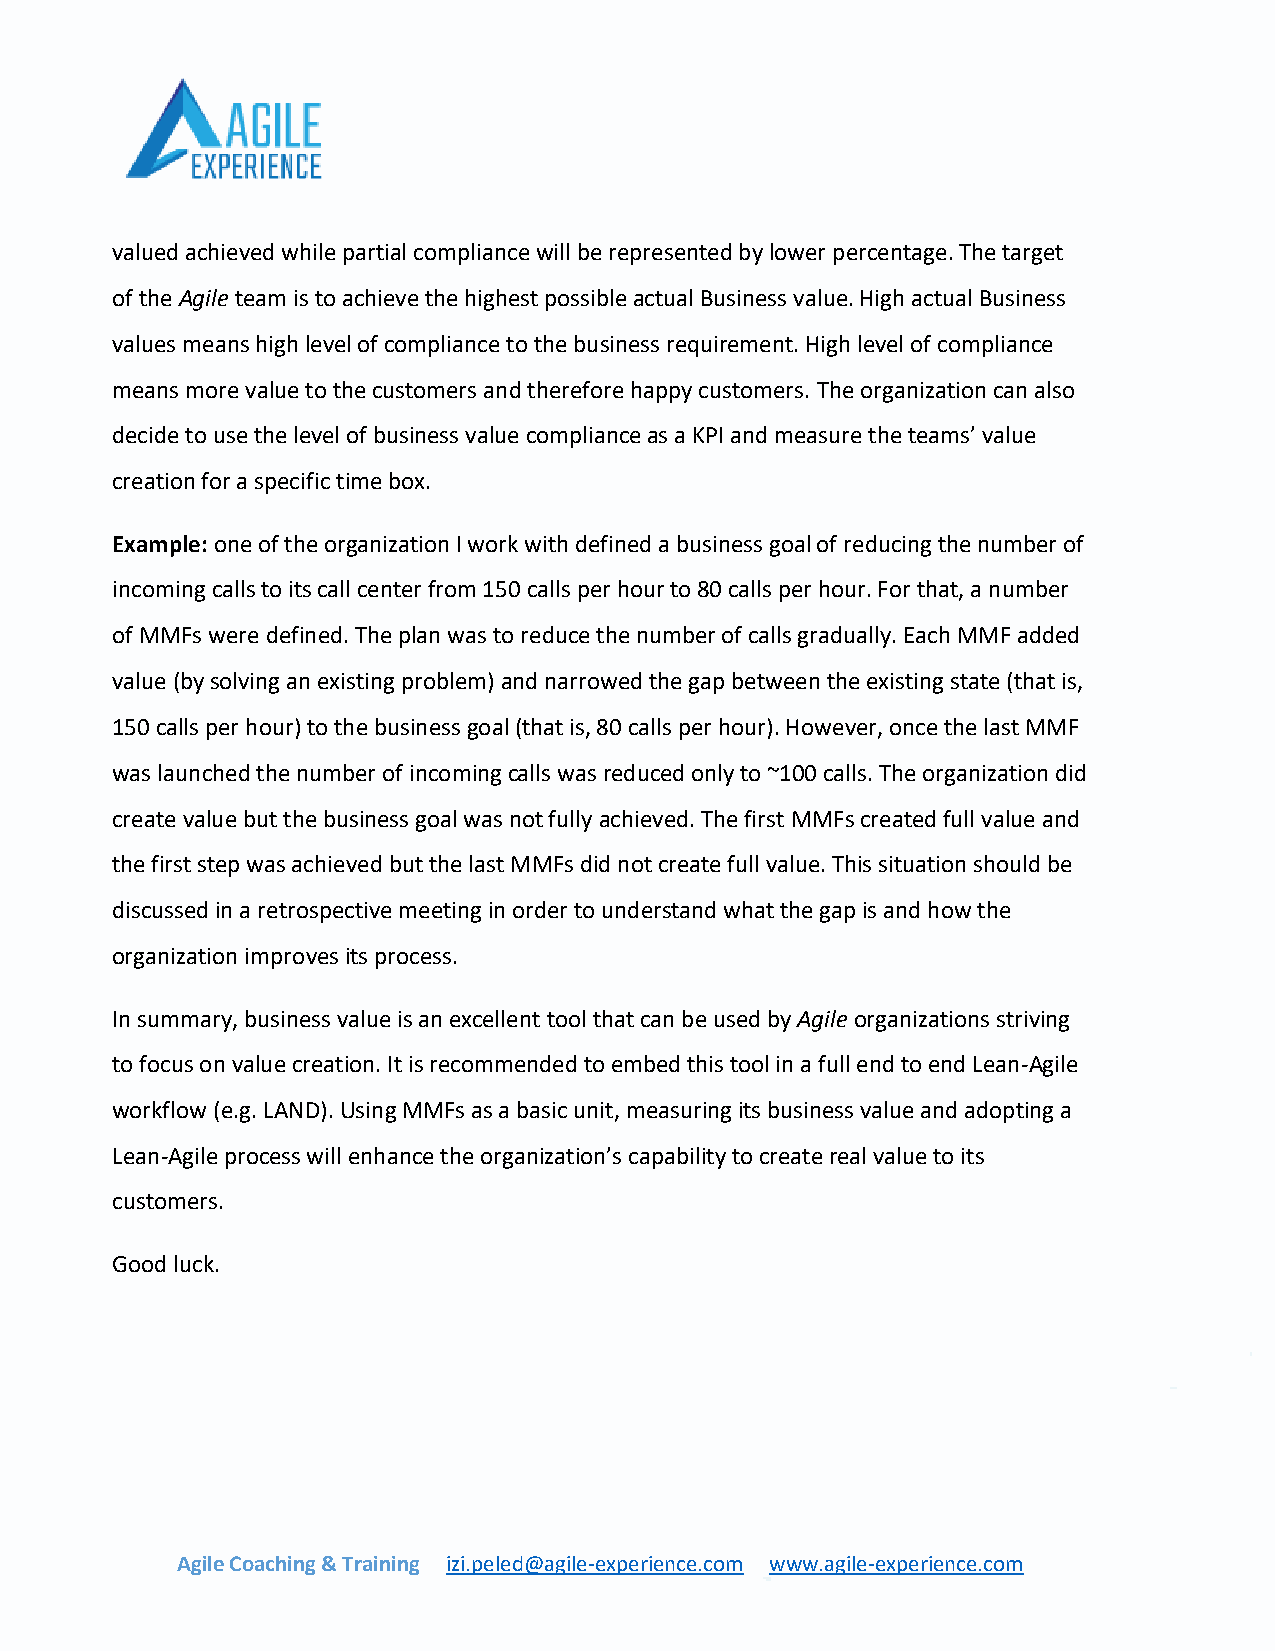
valued achieved while partial compliance will be represented by lower percentage. The target
 of the Agile team is to achieve the highest possible actual Business value. High actual Business
 values means high level of compliance to the business requirement. High level of compliance
 means more value to the customers and therefore happy customers. The organization can also
 decide to use the level of business value compliance as a KPI and measure the teams’ value
 creation for a specific time box.
 Example: one of the organization I work with defined a business goal of reducing the number of
 incoming calls to its call center from 150 calls per hour to 80 calls per hour. For that, a number
 of MMFs were defined. The plan was to reduce the number of calls gradually. Each MMF added
 value (by solving an existing problem) and narrowed the gap between the existing state (that is,
 150 calls per hour) to the business goal (that is, 80 calls per hour). However, once the last MMF
 was launched the number of incoming calls was reduced only to ~100 calls. The organization did
 create value but the business goal was not fully achieved. The first MMFs created full value and
 the first step was achieved but the last MMFs did not create full value. This situation should be
 discussed in a retrospective meeting in order to understand what the gap is and how the
 organization improves its process.
 In summary, business value is an excellent tool that can be used by Agile organizations striving
 to focus on value creation. It is recommended to embed this tool in a full end to end Lean-Agile
 workflow (e.g. LAND). Using MMFs as a basic unit, measuring its business value and adopting a
 Lean-Agile process will enhance the organization’s capability to create real value to its
 customers.
 Good luck.
 Agile Coaching & Training izi.peled@agile-experience.com www.agile-experience.com